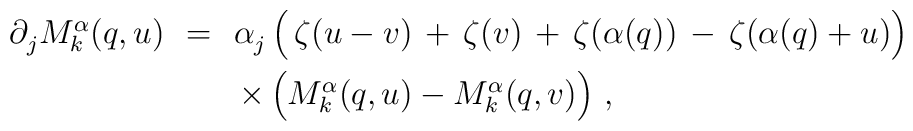
\begin{array}{rcl}  \partial_j^{} M_k^\alpha(q,u) \!  &=&\! \alpha_j^{} \,        \Bigl( \, \zeta(u-v) \,+\, \zeta(v) \,+\,                  \zeta(\alpha(q)) \,-\, \zeta(\alpha(q)+u) \Bigr) \\[2mm]  & &   \times \, \Bigl( M_k^\alpha(q,u) - M_k^\alpha(q,v) \Bigr)~, \end{array}